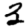
Digit: 3